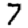
Digit: 7